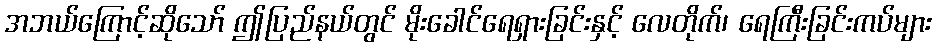
အဘယ်ကြောင့်ဆိုသော် ဤပြည်နယ်တွင် မိုးခေါင်ရေရှားခြင်းနှင့် လေတိုက်၊ ရေကြီးခြင်းကပ်များ